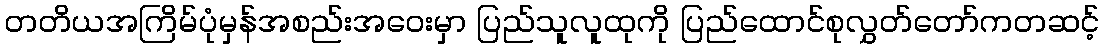
တတိယအကြိမ်ပုံမှန်အစည်းအဝေးမှာ ပြည်သူလူထုကို ပြည်ထောင်စုလွှတ်တော်ကတဆင့်